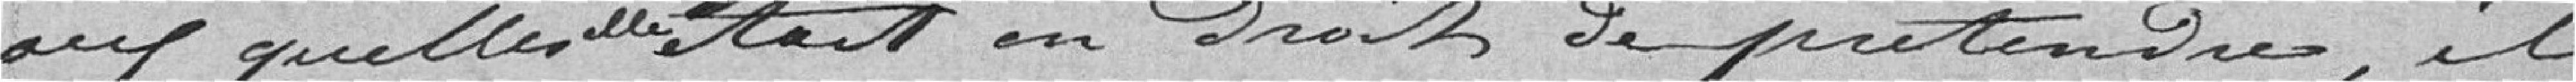
auxquelles elle était en Droit de prétendre, il